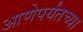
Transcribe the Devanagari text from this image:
आणेपर्यंतच्या